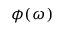
\phi ( \omega )